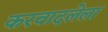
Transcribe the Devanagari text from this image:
करवादलेला